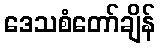
ဒေသစံတော်ချိန်